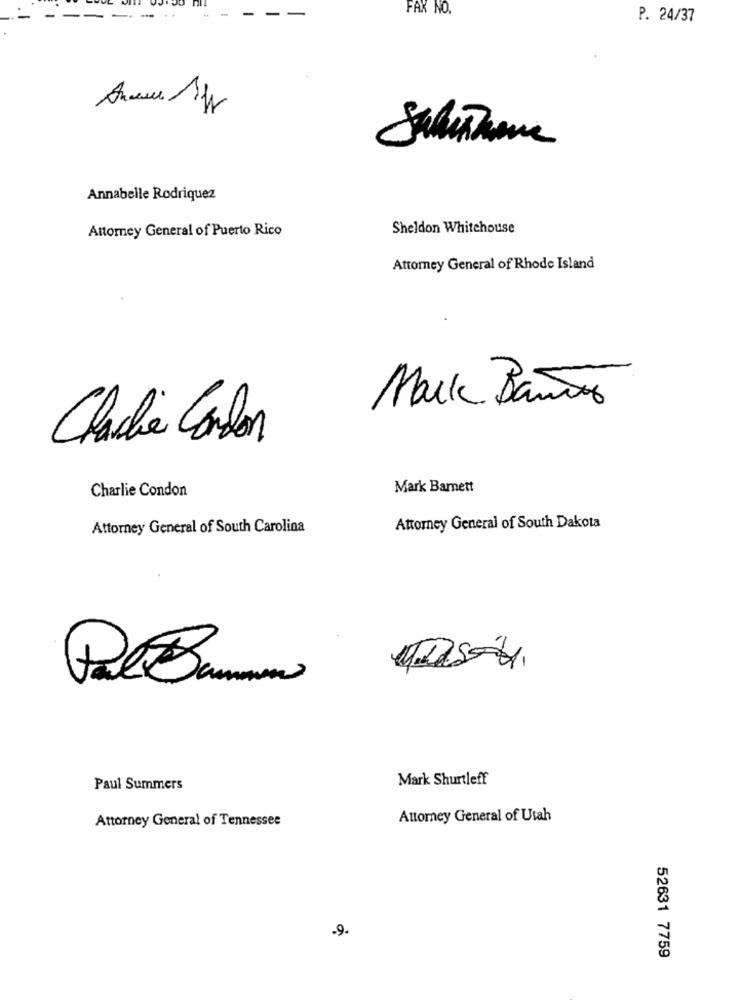
-
FAX NO.
-
he
P. 24/37
Annabelle Rodriquez
Attorney General of Puerto Rico
Sheldon Whitehouse
Attorney General of Rhode Island
Mark Banino
Chacha Carlos
Charlie Condon
Mark Barnett
Attorney General of South Carolina
Attorney General of South Dakota
Mark Shurtleff
Paul Summers
Attorney General of Tennessee
Attorney General of Utah
-9.
52631 7759